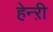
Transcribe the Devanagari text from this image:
हेन्ऱी